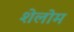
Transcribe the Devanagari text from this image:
शेलोम